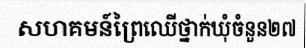
សហគមន៍ព្រៃឈើថ្នាក់ឃុំចំនួន២៧